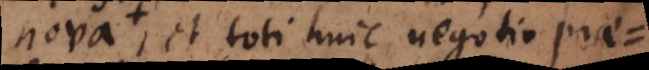
nova, et toti huic negotio prae